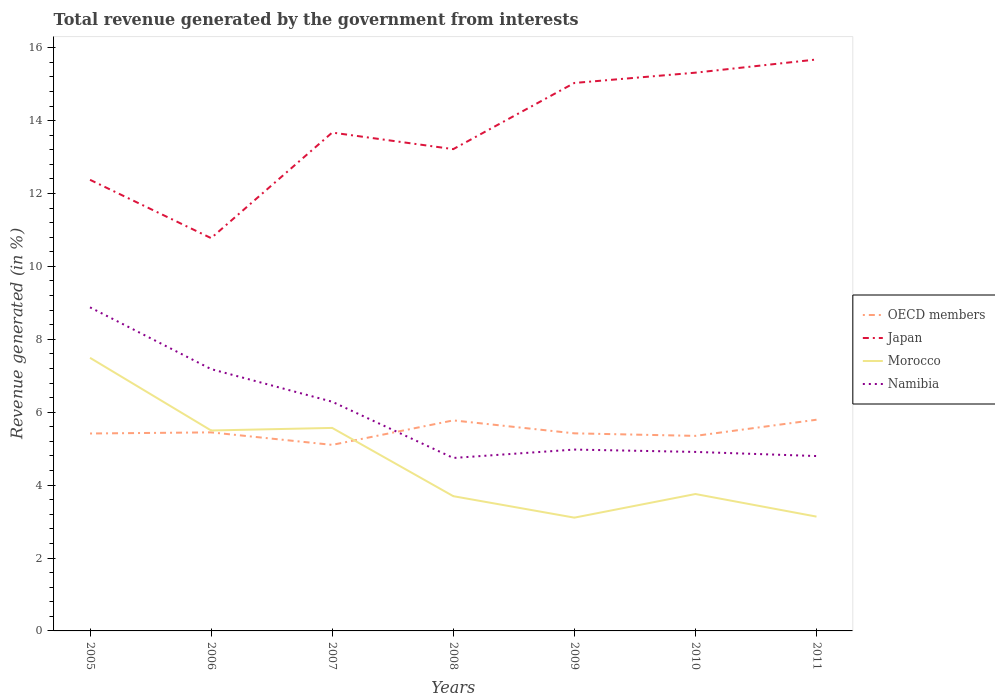
| Years | OECD members | Japan | Morocco | Namibia |
 | --- | --- | --- | --- | --- |
 | 2005 | 5.42 | 12.4 | 7.49 | 8.88 |
 | 2006 | 5.45 | 10.8 | 5.5 | 7.18 |
 | 2007 | 5.1 | 13.7 | 5.57 | 6.29 |
 | 2008 | 5.78 | 13.2 | 3.7 | 4.75 |
 | 2009 | 5.42 | 15 | 3.11 | 4.98 |
 | 2010 | 5.35 | 15.3 | 3.76 | 4.91 |
 | 2011 | 5.79 | 15.7 | 3.14 | 4.8 |